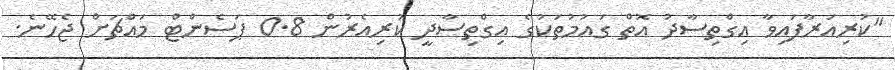
"ކުރިއަރާފައިވާ އިގްތިސާދު އޮތް ގައުމުތަކުގެ އިގްތިސާދީ ކުރިއެރުން 0.8 ޕަސެންޓް މައްޗަށް ޖެހޭނެ.